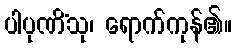
ပါပုဏိံသု၊ ရောက်ကုန်၏။